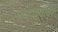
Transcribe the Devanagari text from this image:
पदरचनांवर